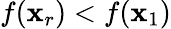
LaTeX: f(\mathbf{x}_{r})<f(\mathbf{x}_{1})